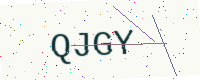
Text: QJGY